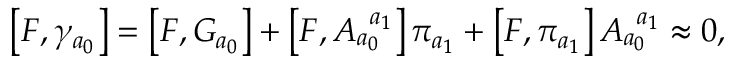
\left[ F , \gamma _ { a _ { 0 } } \right] = \left[ F , G _ { a _ { 0 } } \right] + \left[ F , A _ { a _ { 0 } } ^ { \; \; a _ { 1 } } \right] \pi _ { a _ { 1 } } + \left[ F , \pi _ { a _ { 1 } } \right] A _ { a _ { 0 } } ^ { \; \; a _ { 1 } } \approx 0 ,